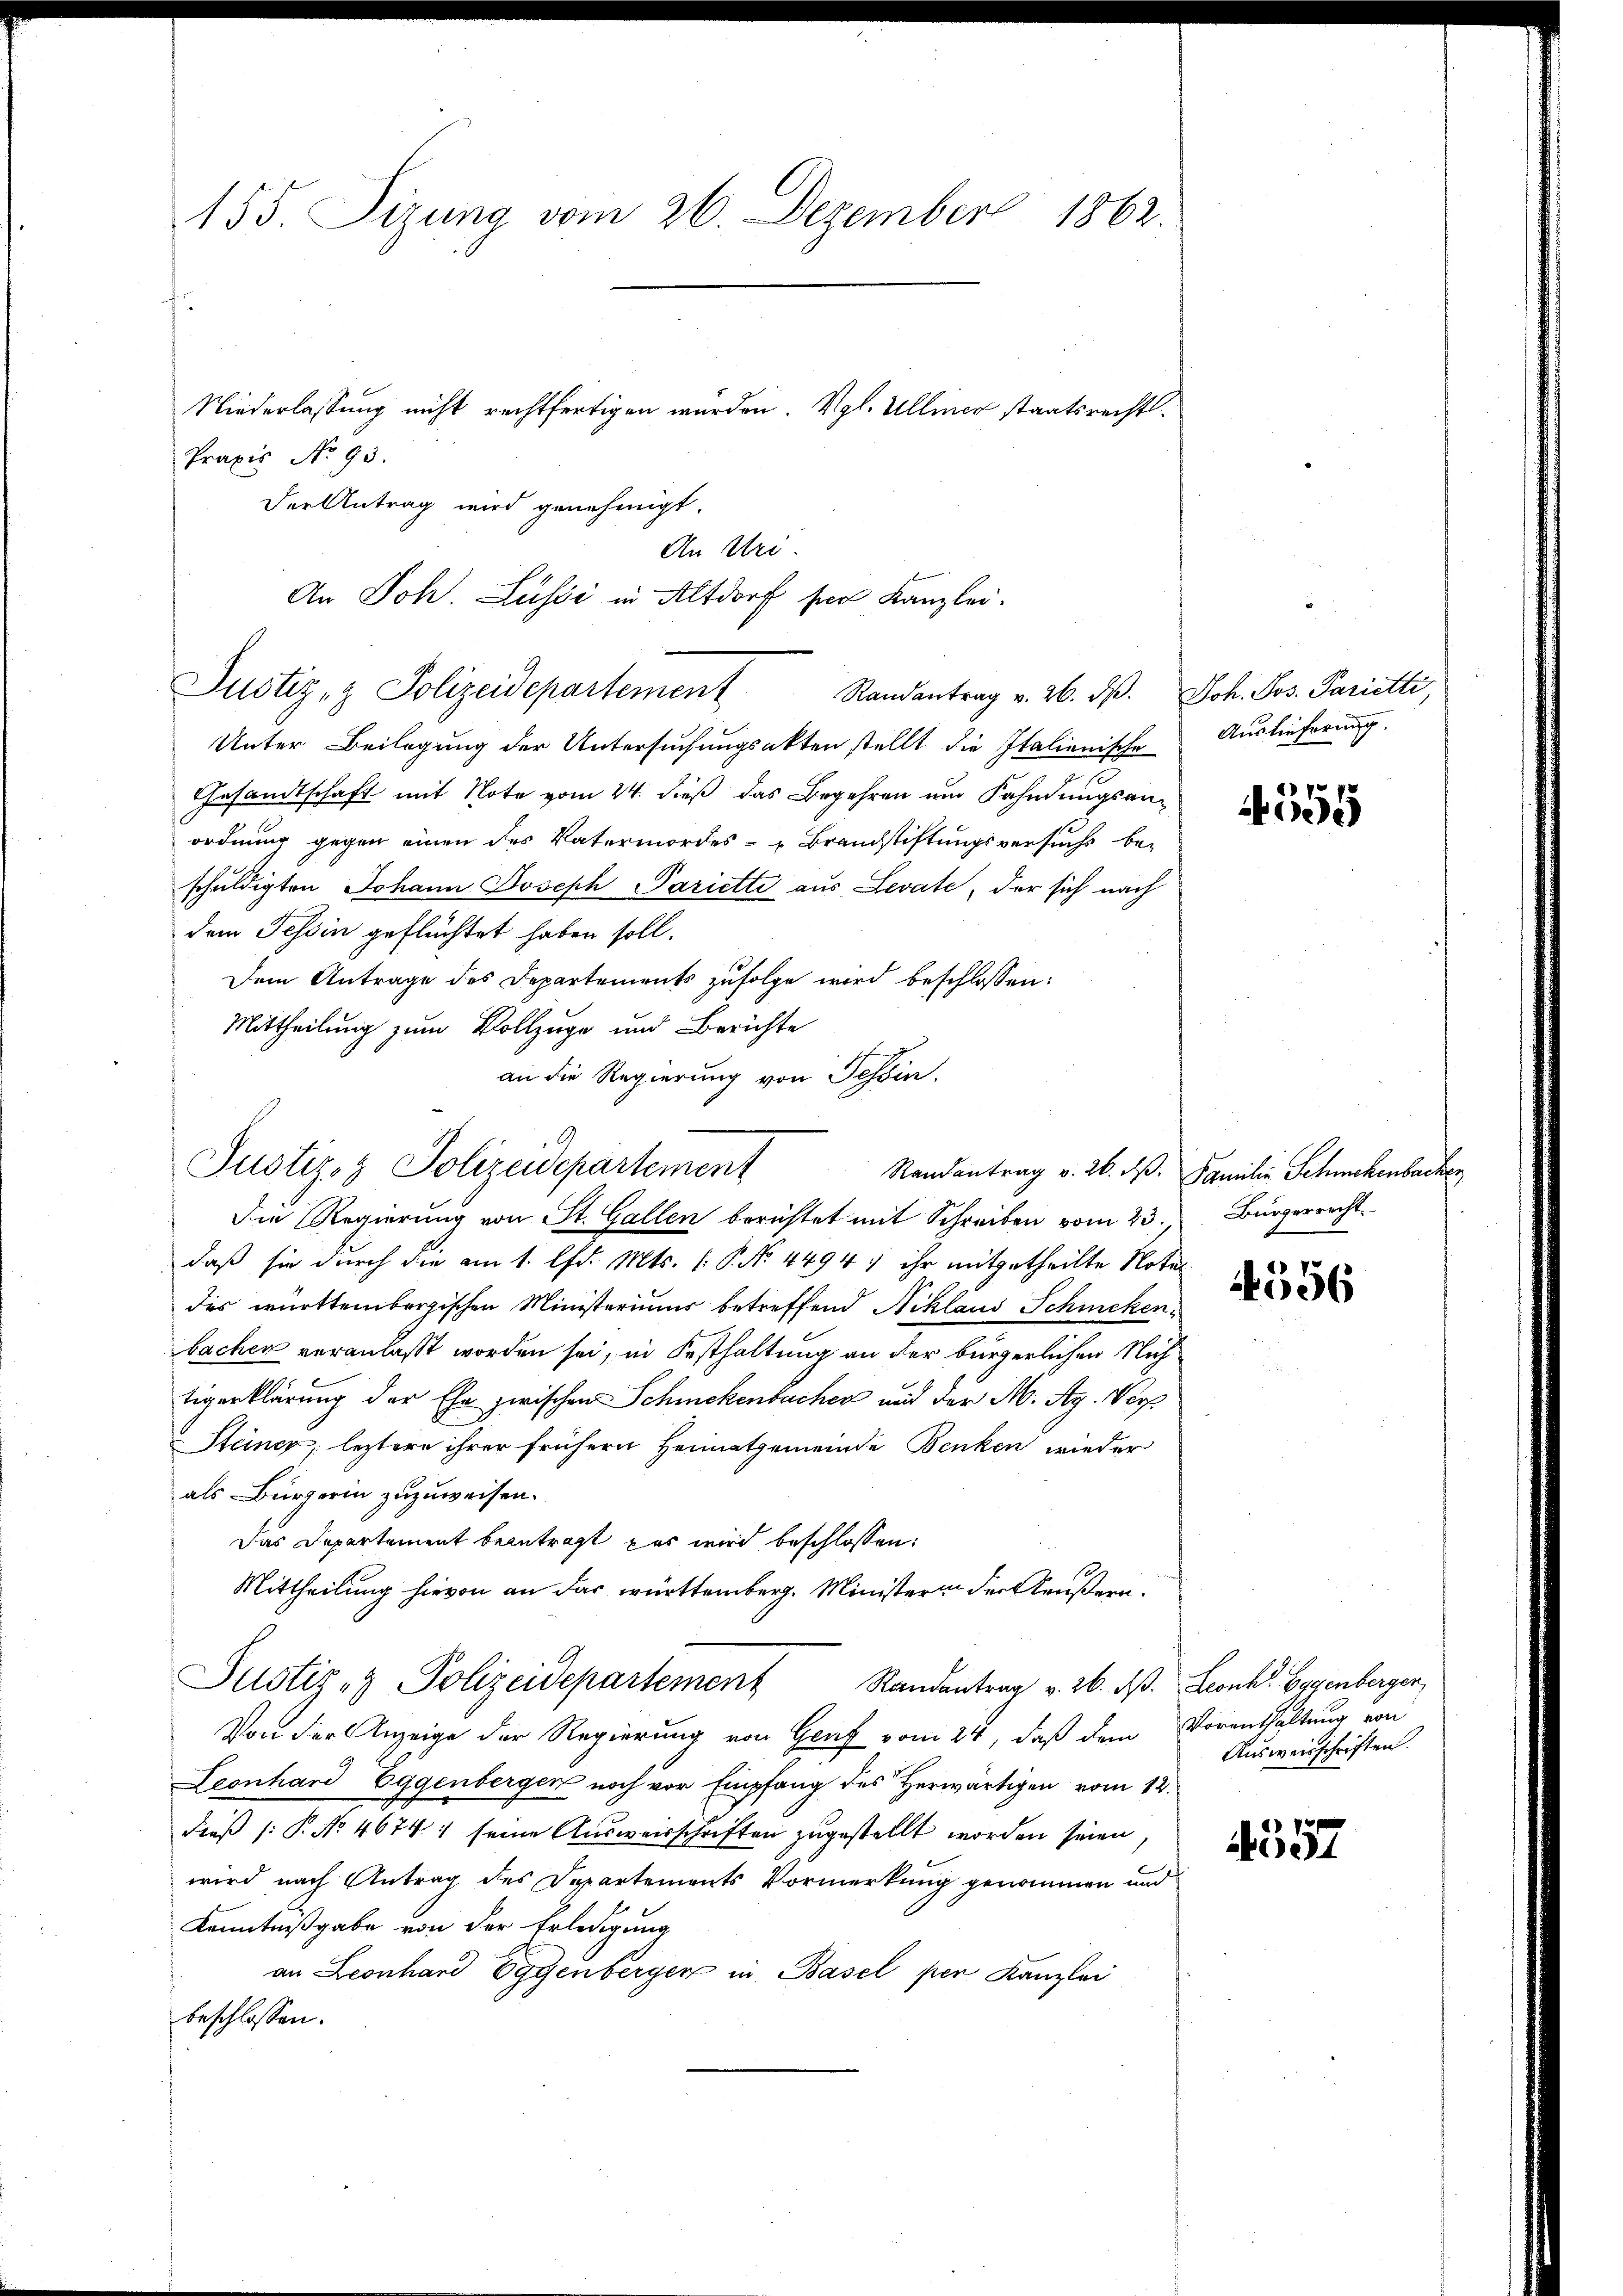
155. Sizung vom 26. Dezember 1862.
Niederlassung nicht rechtfertigen wurden. Vgl. Ulliner staatsrechts¬
Praxis No 93.

Der Antrag wird genehmigt.
An Uri
An Joh. Lussi in Altdorf sei Kanzlei.

Justiz- & Polizeidepartement Randantrag v. 26. d. Joh. Jos. Parietti,

Unter Beilagung der Untersuchungsakten stellt die Italienische
Gesandtschaft mit Note vom 24. dieß das Begehren und Fahndungsanordnung gegen einen des Vatermordes-Brandstiftungsversuchs be-
schuldigten Johann Joseph Pariette aus Levate, der sich nach
dem Tessin geflüchtet haben soll.
Dem Antrage des Departements zufolge wird beschlossen:
Mittheilung zum Vollzuge und Berichte
Die Regierung von St. Gallen berichtet mit Schreiben vom 23.
daß sie durch die am 1. lfd. Mts. 1. P. Nr. 4494) ihr mitgetheilte Notar
des württembergischen Ministeriums betreffend Niklaus Schmekenbachen veranlaßt worden sei, in Festhaltung an der bürgerlichen Nichtigerklärung der Ehe zwischen Schmekenbacher und der M. Ag. Vorf
Steince, leztere ihrer frühern Heimatgemeinde Benken wieder
als Bürgerin zuzuweisen.
Das Departement beantragt, das wird beschlossen:
Mittheilung hievon an das württemberg. Ministern der Aeußern.
Justiz- & Polizeidepartement Randantrag v. 26. dß. Leonk. Eggenberger,
Von der Anzeige der Regierung von Graf vom 24, daß dem Vorenthaltung von
Leonhard Eggenbergen noch vor Empfang des Herwärtigen vom 12.
Fieß (: P. No 46741 seine Ausweisschriften zugestellt worden seien,
wird nach Antrag des Departements Vormerkung genommen und
Kenntnißgabe von der Erledigung
an Leonhard Eggenbergen in Basel per Kanzlei
beschlossen:

an die Regierung von Tessin.
Justiz- & Polizeidepartement
Randantrag v. 26. ds.

Auslieferung.

Familie Schmekenbacher
Bürgerrecht

4559

4556

4557

Ausweisschriften.